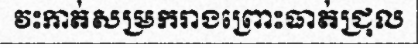
វះកាត់សម្រករាងព្រោះធាត់ជ្រុល